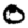
Digit: 0